Scottish Leaving Certificate Examination, 1959
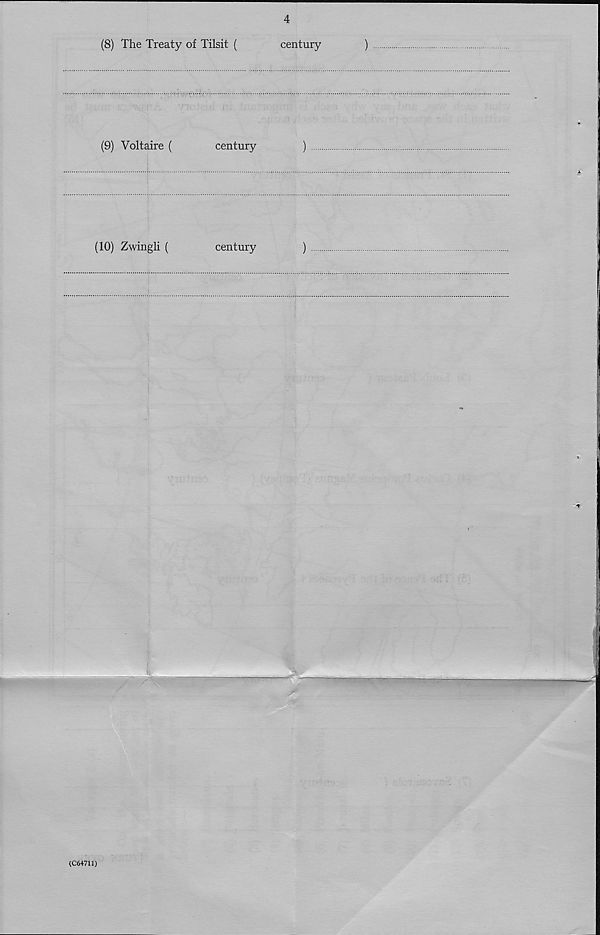
4
(8) The Treaty of Tilsit (
century
)
(9) Voltaire (
century
)
(10) Zwingli (
century
)